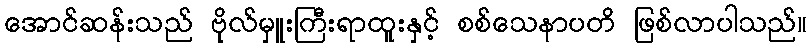
အောင်ဆန်းသည် ဗိုလ်မှူးကြီးရာထူးနှင့် စစ်သေနာပတိ ဖြစ်လာပါသည်။